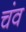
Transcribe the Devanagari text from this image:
चंव